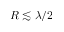
R \lesssim \lambda / 2